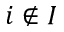
i \notin I